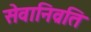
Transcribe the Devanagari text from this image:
सेवानिव्रति